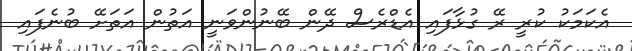
އެކަމަކު ކުރީ ރޭ ގުޅާފައި އެޑްރެސް ދޭން ބޭނުންވަނީ އަތުން އަތަށޭ ބުނެފައި